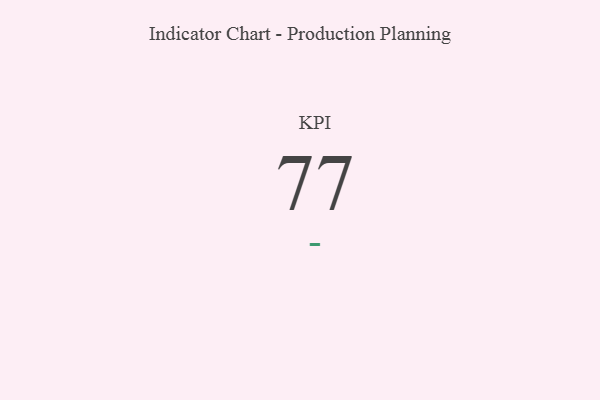
{"axis": {"x": "KPI", "y": "Value"}, "legend": [""], "data": [{"x": "KPI", "y": 77, "type": ""}]}